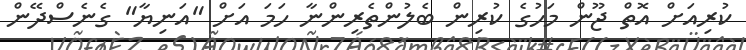
ކުރިއަށް އޮތް ޖޫން މަހުގެ ކުރިން ބެލުންތެރިންނާ ހަމަ އަށް "އަނިޔާ" ގެނެސްދޭން